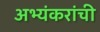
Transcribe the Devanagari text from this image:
अभ्यंकरांची